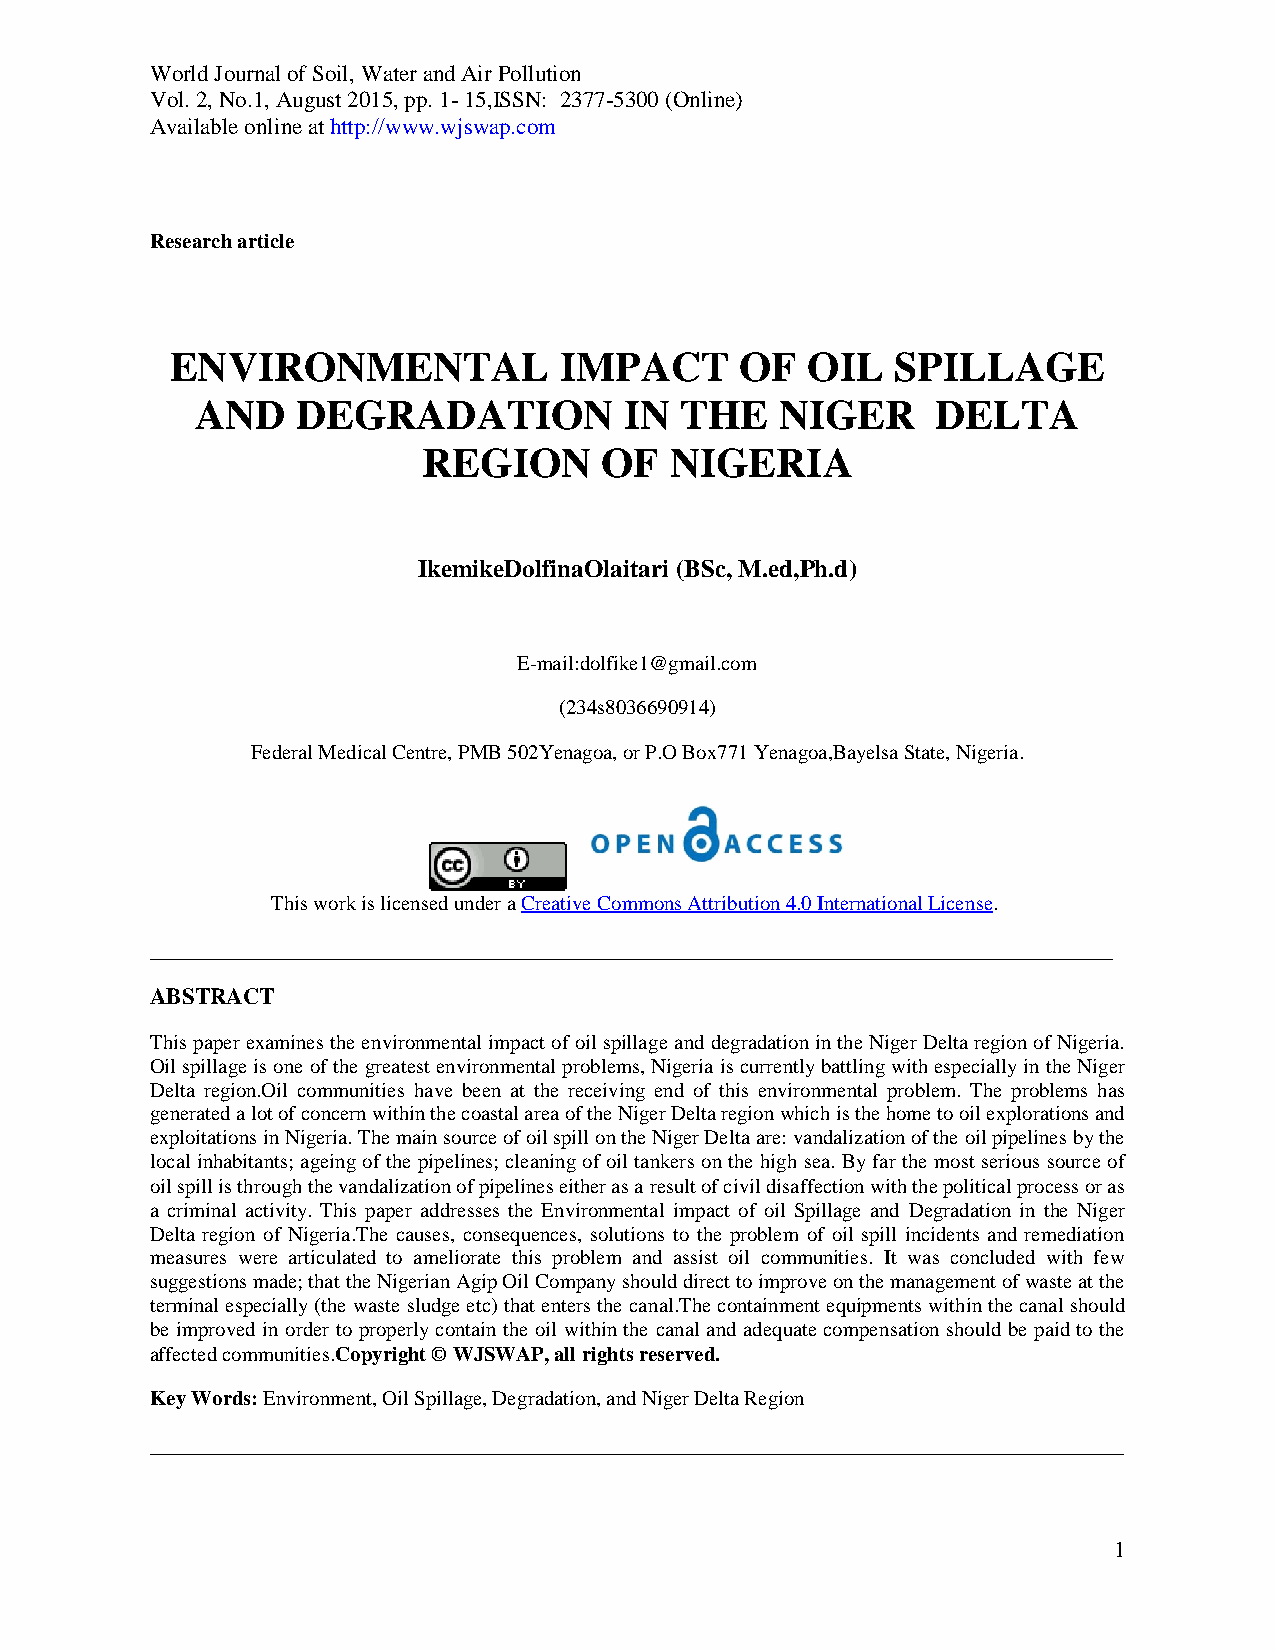
World Journal of Soil, Water and Air Pollution
 Vol. 2, No.1, August 2015, pp. 1- 15,ISSN: 2377-5300 (Online)
 Available online at http://www.wjswap.com
 Research article
 ENVIRONMENTAL             IMPACT      OF  OIL   SPILLAGE
 AND    DEGRADATION          IN  THE    NIGER     DELTA
 REGION      OF  NIGERIA
 IkemikeDolfinaOlaitari (BSc, M.ed,Ph.d)
 E-mail:dolfike1@gmail.com
 (234s8036690914)
 Federal Medical Centre, PMB 502Yenagoa, or P.O Box771 Yenagoa,Bayelsa State, Nigeria.
 This work is licensed under a Creative Commons Attribution 4.0 International License.
 ____________________________________________________________________________________
 ABSTRACT
 This paper examines the environmental impact of oil spillage and degradation in the Niger Delta region of Nigeria.
 Oil spillage is one of the greatest environmental problems, Nigeria is currently battling with especially in the Niger
 Delta region.Oil communities have been at the receiving end of this environmental problem. The problems has
 generated a lot of concern within the coastal area of the Niger Delta region which is the home to oil explorations and
 exploitations in Nigeria. The main source of oil spill on the Niger Delta are: vandalization of the oil pipelines by the
 local inhabitants; ageing of the pipelines; cleaning of oil tankers on the high sea. By far the most serious source of
 oil spill is through the vandalization of pipelines either as a result of civil disaffection with the political process or as
 a criminal activity. This paper addresses the Environmental impact of oil Spillage and Degradation in the Niger
 Delta region of Nigeria.The causes, consequences, solutions to the problem of oil spill incidents and remediation
 measures were articulated to ameliorate this problem and assist oil communities. It was concluded with few
 suggestions made; that the Nigerian Agip Oil Company should direct to improve on the management of waste at the
 terminal especially (the waste sludge etc) that enters the canal.The containment equipments within the canal should
 be improved in order to properly contain the oil within the canal and adequate compensation should be paid to the
 affected communities.Copyright © WJSWAP, all rights reserved.
 Key Words: Environment, Oil Spillage, Degradation, and Niger Delta Region
 _____________________________________________________________________________________
 1